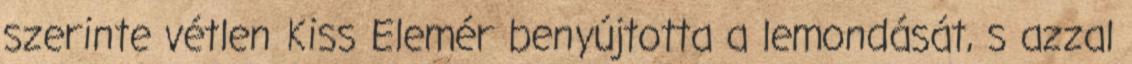
szerinte vétlen Kiss Elemér benyújtotta a lemondását, s azzal